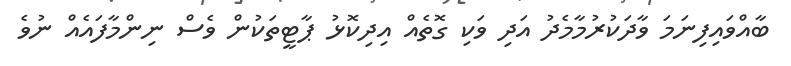
ބާއްވައިފިނަމަ ވާދަކުރުމާމެދު އަދި ވަކި ގޮތެއް އިދިކޮޅު ޕާޓީތަކުން ވެސް ނިންމާފައެއް ނުވެ